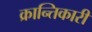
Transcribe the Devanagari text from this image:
क्रान्‍तिकारी